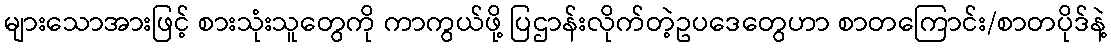
များသောအားဖြင့် စားသုံးသူတွေကို ကာကွယ်ဖို့ ပြဌာန်းလိုက်တဲ့ဥပဒေတွေဟာ စာတကြောင်း/စာတပိုဒ်နဲ့